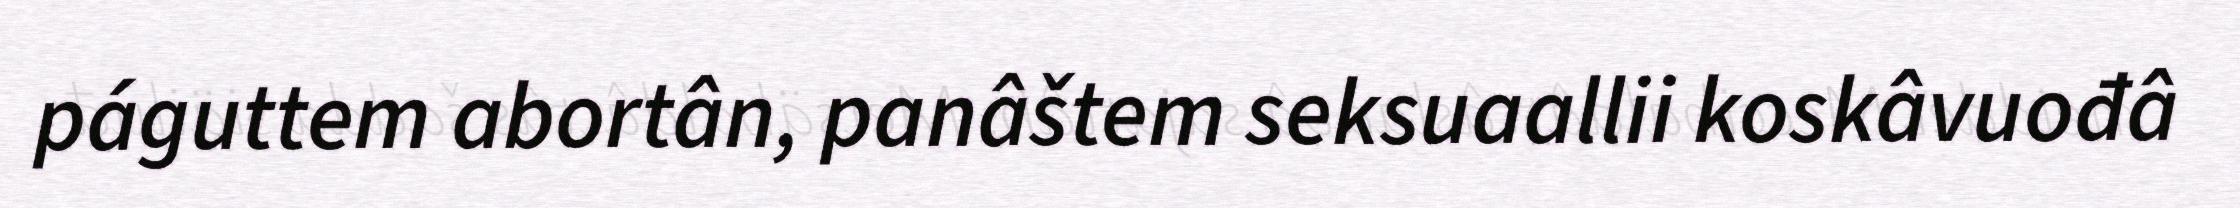
páguttem abortân, panâštem seksuaallii koskâvuođâ